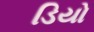
ડિયો